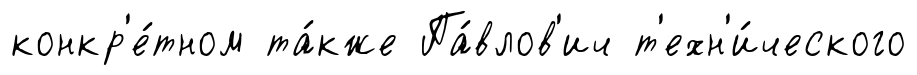
конкр'е́тном та́кже Па́влов'ич т'ехн'и́ческого